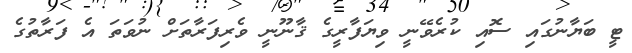
ޓީ ބަޔާނުގައި ސޮއި ކުރެވޭނީ ވިޔަފާރީގެ ޤާނޫނީ ވެރިފަރާތަށް ނުވަތަ އެ ފަރާތުގެ